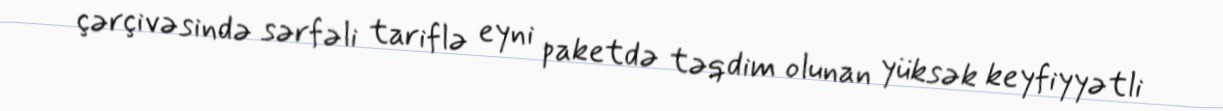
çərçivəsində sərfəli tariflə eyni paketdə təqdim olunan yüksək keyfiyyətli